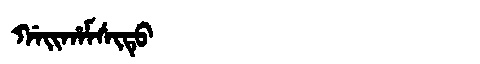
Manchu: ᡤᠠᡳᡥᠠᠮᠰᡳᡨᡠ
Romanization: GAIHAMSITU